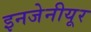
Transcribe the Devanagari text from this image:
इनजेनीयूर